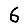
Digit: 6